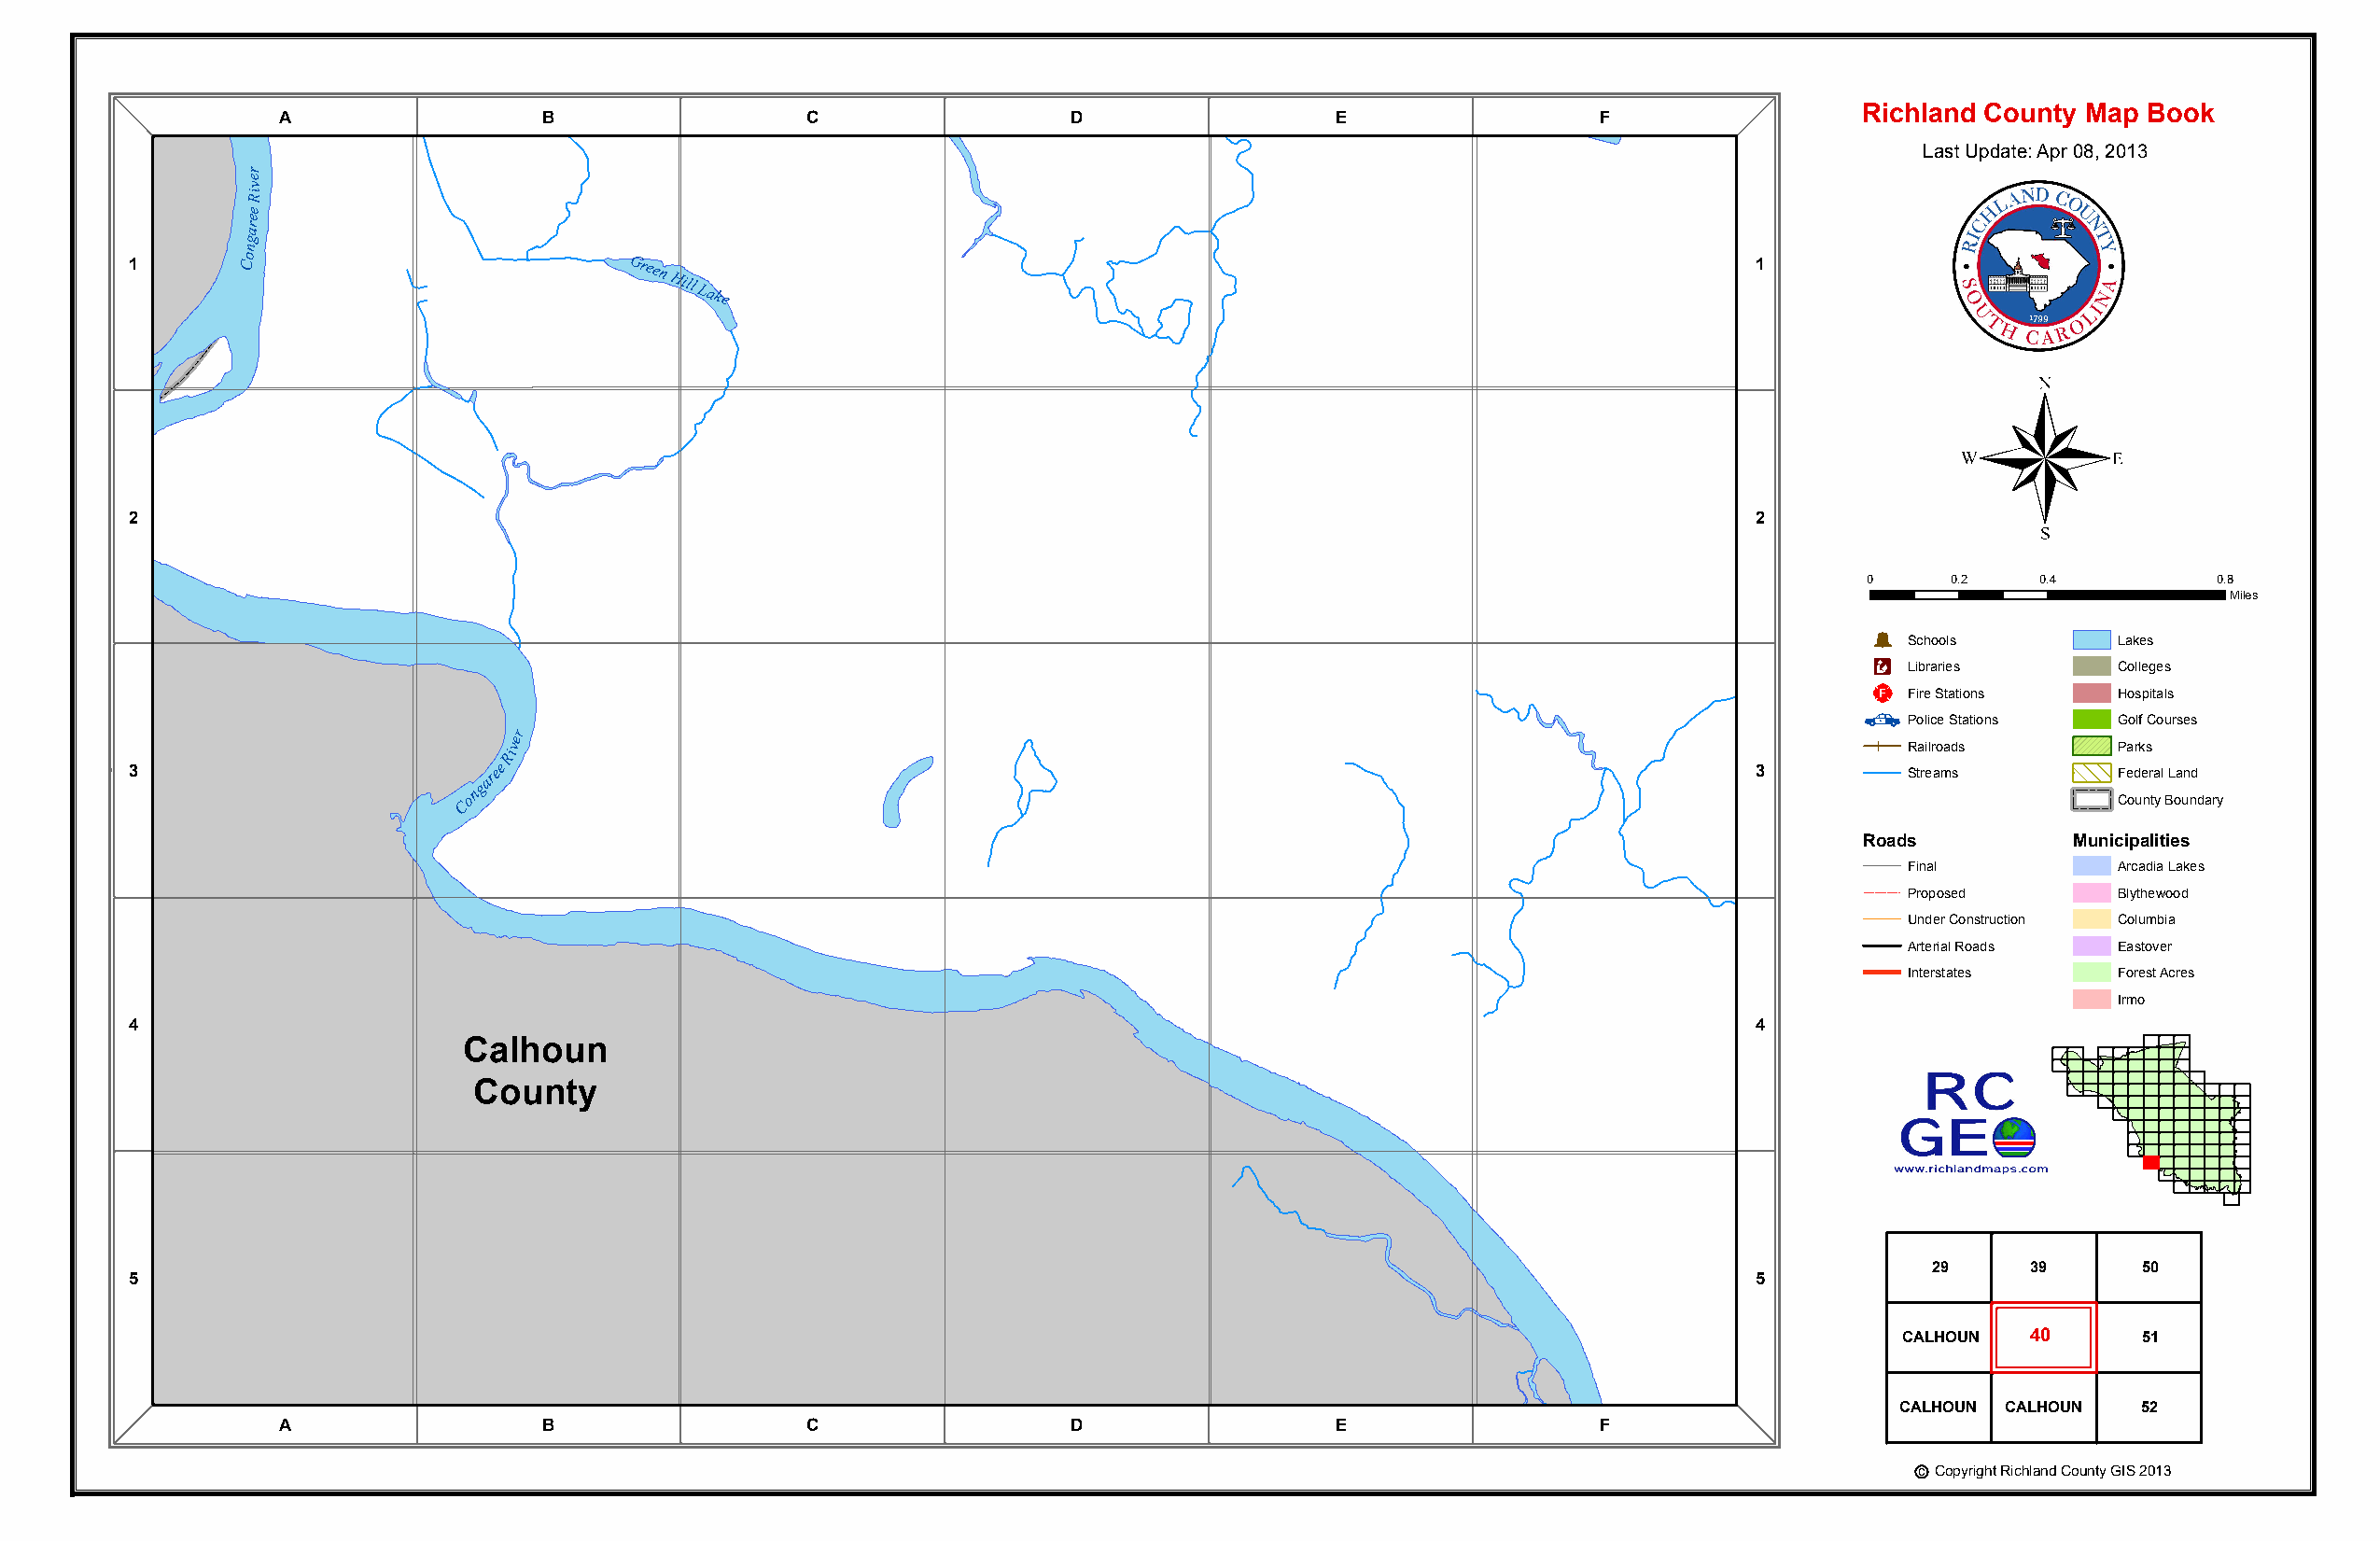
Calhoun
 County
 Calhoun
 Richland County Map Book
 County   A                 B                  C                  D                  E                 F
 Last Update: Apr 08, 2013
 r
 e
 v
 iR
 e
 e
 r
 a
 g
 n
 o
 1       C                          Green
 Hill
 Lake
 1
 ®
 2                                                                                                                   2
 0     0.2    0.4         0.8
 Miles
 Þ
 Schools        Lakes
 Æc
 Libraries      Colleges
 _¨
 Fire Stations  Hospitals
 Police Stations Golf Courses
 r
 e
 Riv                                                                                                Railroads      Parks
 3                        garee                                                                                      3         Streams        Federal Land
 Con
 County Boundary
 Roads          Municipalities
 Final          Arcadia Lakes
 Proposed       Blythewood
 Under Construction Columbia
 Arterial Roads Eastover
 Interstates    Forest Acres
 Irmo
 4                                                                                                                   4
 Calhoun
 County
 Mill
 Creek
 29     39      50
 5                                                                                                                   5
 CALHOUN  40      51
 CALHOUN CALHOUN  52
 A                 B                  C                  D                  E                 F
 c Copyright Richland County GIS 2013